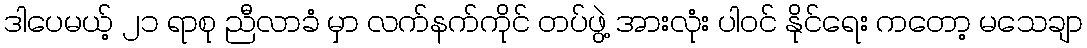
ဒါပေမယ့် ၂၁ ရာစု ညီလာခံ မှာ လက်နက်ကိုင် တပ်ဖွဲ့ အားလုံး ပါဝင် နိုင်ရေး ကတော့ မသေချာ